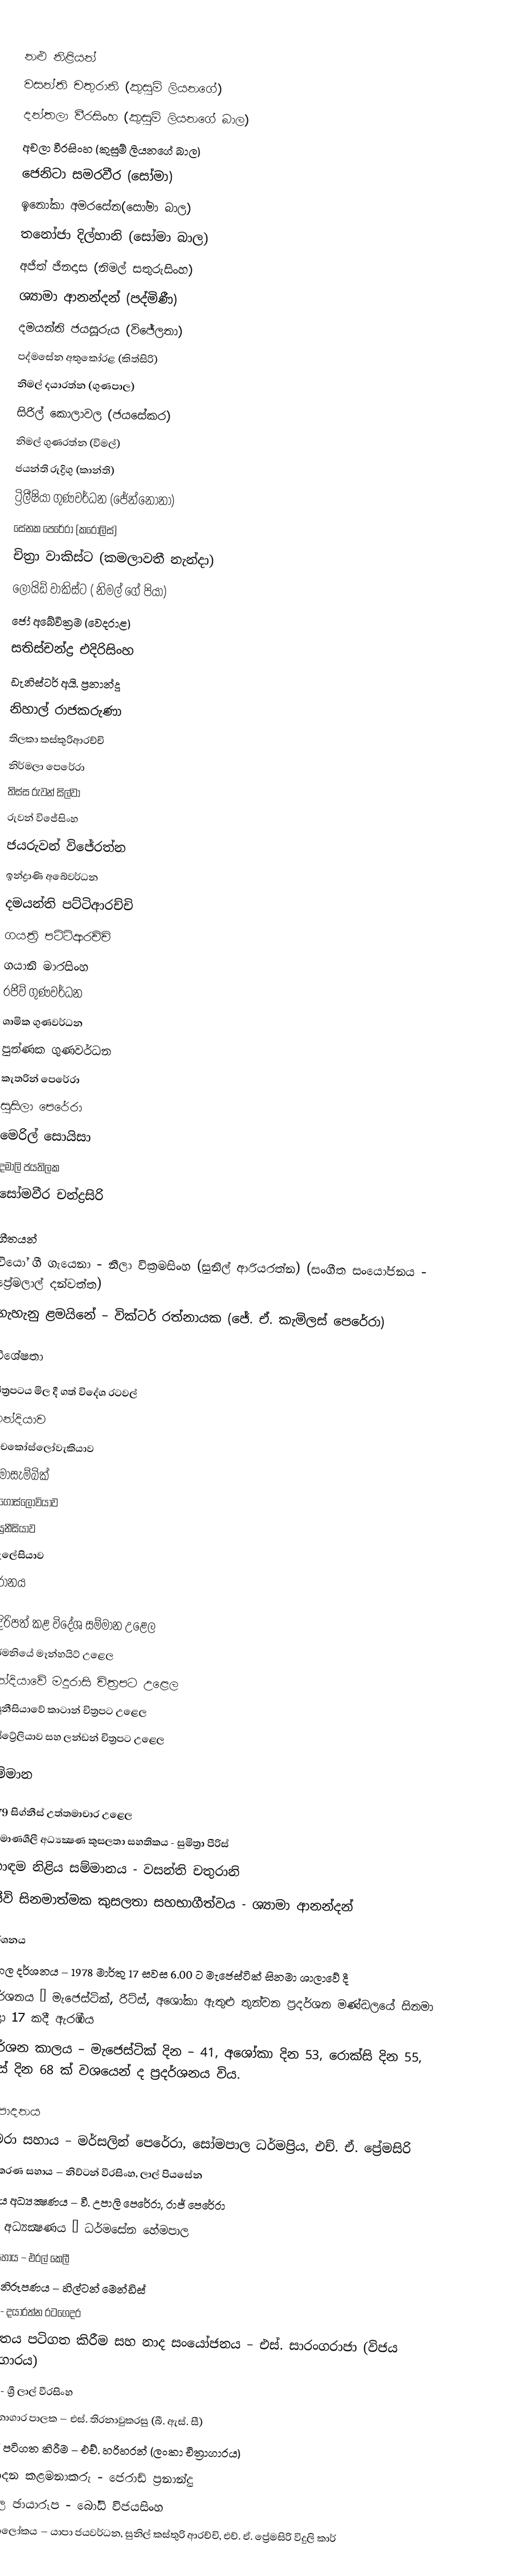

නළු නිළියන්
වසන්ති චතුරානි (කුසුම් ලියනගේ)
දන්තලා වීරසිංහ (කුසුම් ලියනගේ බාල)
අචලා වීරසිංහ (කුසුම් ලියනගේ බාල)
ජෙනිටා සමරවීර (සෝමා)
ඉනෝකා අමරසේන(සෝමා බාල)
තනෝජා දිල්හානි (සෝමා බාල)
අජිත් ජිනදාස (නිමල් සතුරුසිංහ)
ශ්‍යාමා ආනන්දන් (පද්මිණී)
දමයන්ති ජයසූරුය (විජේලතා)
පද්මසේන අතුකෝරළ (කිත්සිරි)
නිමල් දයාරත්න (ගුණපාල)
සිරිල් කොලාවල (ජයසේකර)
නිමල් ගුණරත්න (විමල්)
ජයන්ති රුද්‍රිගු (කාන්ති)
ට්‍රිලීෂියා ගුණවර්ධන (ජේන්නෝනා)
සේනක පෙරේරා (කරෝලිස්)
චිත්‍රා වාකිස්ට (කමලාවතී නැන්දා)
ලොයිඩ් වාකිස්ට ( නිමල් ගේ පියා)
ජෝ අබේවික්‍රම (වෙදරාළ)
සතිස්චන්ද්‍ර එදිරිසිංහ
ඩැනිස්ටර් අයි. ප්‍රනාන්දු
නිහාල් රාජකරුණා
තිලකා කස්කුරිආරච්චි
නිර්මලා පෙරේරා
තිස්ස රුවන් සිල්වා
රුවන් විජේසිංහ
ජයරුවන් විජේරත්න
ඉන්ද්‍රාණි අබේවර්ධන
දමයන්ති පට්ටිආරච්චි
ගයත්‍රි පට්ටිආරච්චි
ගයානි මාරසිංහ
රජිව් ගුණවර්ධන
ශාමික ගුණවර්ධන
පුන්ණක ගුණවර්ධන
කැතරින් පෙරේරා
සුසිලා පෙරේරා
මෙරිල් සොයිසා
දමාලි ජයතිලක
සෝමවීර චන්ද්‍රසිරි

ගීතයන්
වියෝ ගී ගැයෙනා -  නීලා වික්‍රමසිංහ (සුනිල් ආරියරත්න) (සංගීත සංයෝජනය - ප්‍රේමලාල් දන්වත්ත)
ගැහැනු ළමයිනේ – වික්ටර් රත්නායක (ජේ. ඒ. කැමිලස් පෙරේරා)

විශේෂතා

චිත්‍රපටය මිල දී ගත් විදේශ රටවල්
ඉන්දියාව
චෙකෝස්ලෝවැකියාව
මොසැම්බික්
යුගෝස්ලෝවියාව
ටියුනීසියාව
මැලේසියාව
ඉරානය

ඉදිරිපත් කළ විදේශ සම්මාන උළෙල
ජර්මනියේ මෑන්හයිට් උළෙල
ඉන්දියාවේ මදුරාසි චිත්‍රපට උළෙල
ටියුනීසියාවේ කාටාන් චිත්‍රපට උළෙල
ඔස්ට්‍රේලියාව සහ ලන්ඩන් චිත්‍රපට උළෙල

සම්මාන

1979 සිග්නීස් උත්තමාචාර උළෙල
නිර්මාණශීලී අධ්‍යක්‍ෂණ කුසලතා සහතිකය - සුමිත්‍රා පීරිස්
හොඳම නිළිය සම්මානය - වසන්ති චතුරානි
සජීවි සිනමාත්මක කුසලතා සහභාගීත්වය - ශ්‍යාමා ආනන්දන්

ප්‍රදර්ශනය
මංගල දර්ශනය – 1978 මාර්තු 17 සවස 6.00 ට මැජෙස්ටික් සිනමා ශාලාවේ දී
ප්‍රදර්ශනය – මැජෙස්ටික්, රිට්ස්, අශෝකා ඇතුළු තුන්වන ප්‍රදර්ශන මණ්ඩලයේ සිනමා ශාලා 17 කදී ඇරඹීය
ප්‍රදර්ශන කාලය – මැජෙස්ටික් දින – 41, අශෝකා දින 53, රොක්සි දින 55, රිට්ස් දින 68 ක් වශයෙන් ද ප්‍රදර්ශනය විය.

නිෂ්පාදනය
කැමරා සහාය – මර්සලින් පෙරේරා, සෝමපාල ධර්මප්‍රිය, එච්. ඒ. ප්‍රේමසිරි
සංස්කරණ සහාය – නිව්ටන් වීරසිංහ, ලාල් පියසේන
සහාය අධ්‍යක්‍ෂණය – වී. උපාලි පෙරේරා, රාජ් පෙරේරා
කලා අධ්‍යක්‍ෂණය – ධර්මසේන හේමපාල
කලා සහාය – එරල් කෙලී
වේශ නිරූපණය – හිල්ටන් මෙන්ඩිස්
සහාය - දයාරත්න රටගෙදර
සංගීතය පටිගත කිරීම සහ නාද සංයෝජනය – එස්. සාරංගරාජා (විජය චිත්‍රාගාරය)
සහාය - ශ්‍රී ලාල් වීරසිංහ
රසායනාගාර පාලක – එස්. තිරනාවුකරසු (බී. ඇස්. සී)
දෙබස් පටිගත කිරීම – එච්. හරිහරන් (ලංකා චිත්‍රාගාරය)
නිෂ්පාදන කළමනාකරු - ජෙරාඩ් ප්‍රනාන්දු
නිෂ්චල ඡායාරූප - බෝධි විජයසිංහ
විදුලි ආලෝකය – යාපා ජයවර්ධන, සුනිල් කස්තුරි ආරච්චි, එච්. ඒ. ප්‍රේමසිරි විදුලි කාර්